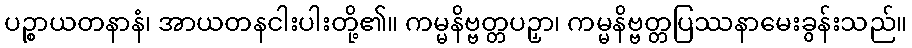
ပဉ္စာယတနာနံ၊ အာယတနငါးပါးတို့၏။ ကမ္မနိဗ္ဗတ္တပဉှာ၊ ကမ္မနိဗ္ဗတ္တပြဿနာမေးခွန်းသည်။